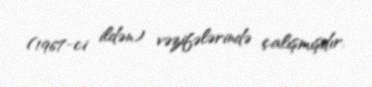
(1967-ci ildən) vəzifələrində çalışmışdır.